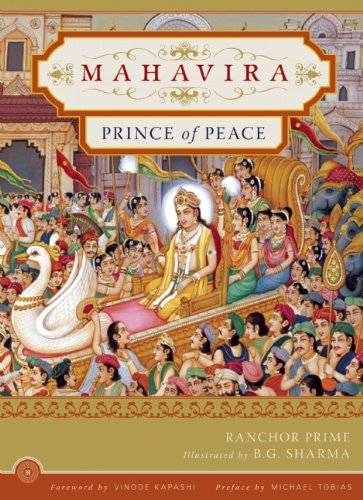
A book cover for Mahavira: Prince of Peace; Ranchor Prime; Religion & Spirituality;